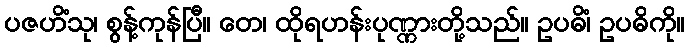
ပဇဟိံသု၊ စွန့်ကုန်ပြီ။ တေ၊ ထိုရဟန်းပုဏ္ဏားတို့သည်။ ဥပဓိံ၊ ဥပဓိကို။